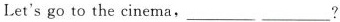
Let's go to the cinema,___ ___?